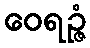
ဝေရဉ္ဇံ